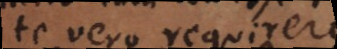
te vero requirere